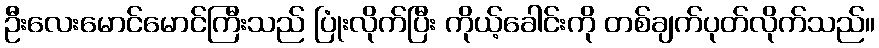
ဦးလေးမောင်မောင်ကြီးသည် ပြုံးလိုက်ပြီး ကိုယ့်ခေါင်းကို တစ်ချက်ပုတ်လိုက်သည်။